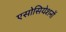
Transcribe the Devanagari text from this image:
एसोसियेशनों